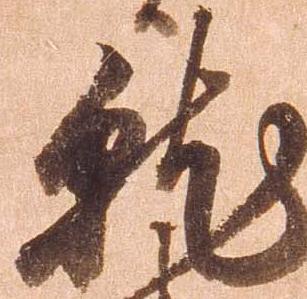
就